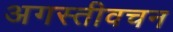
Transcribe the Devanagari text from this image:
अगस्तीवचन